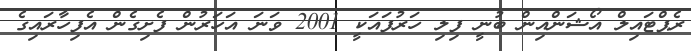
ރެޕްޓައިލް އޯޝަންއިން ބުނީ ފިލި ހަރުފައަކީ 2001 ވަނަ އަހަރުން ފެށިގެން އެފިހާރައިގެ